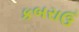
કબરાઉ